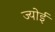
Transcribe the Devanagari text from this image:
ज्योई